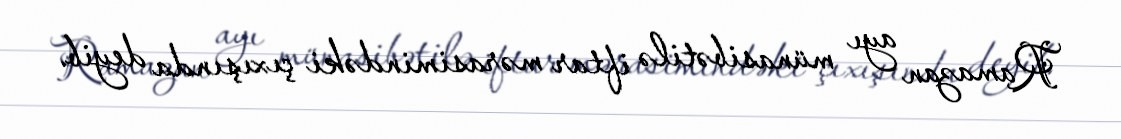
Ramazan ayı münasibətilə iftar mərasimindəki çıxışında deyib.